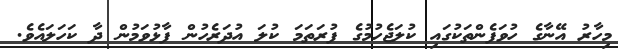
މިހާރު އޭނާގެ ހުވަފެންތަކުގައި ކުލަޖެހުމުގެ ފުރަތަމަ ކުލަ އުދަރެހުން ފާޅުވަމުން ދާ ކަހަލައެވެ.